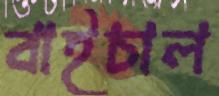
বাইচাল